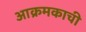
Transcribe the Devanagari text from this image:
आक्रमकाची